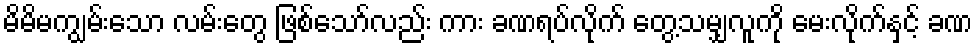
မိမိမကျွမ်းသော လမ်းတွေ ဖြစ်သော်လည်း ကား ခဏရပ်လိုက် တွေ့သမျှလူကို မေးလိုက်နှင့် ခဏ